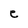
Character: e